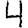
Digit: 4